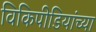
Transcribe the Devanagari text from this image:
विकिपीडियांच्या